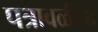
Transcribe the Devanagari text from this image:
पत्रावळींचा